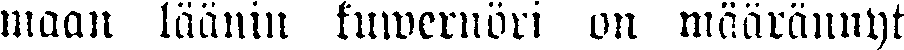
maan läänin kuwernöri on määrännyt